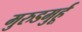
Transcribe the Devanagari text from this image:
मुरुडमुर्हू